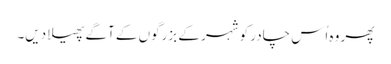
پھر وہ اُس چادر کو شہر کے بزرگوں کے آگے پھیلا دیں۔